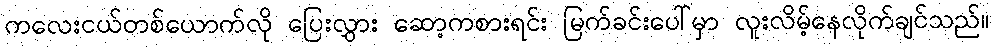
ကလေးငယ်တစ်ယောက်လို ပြေးလွှား ဆော့ကစားရင်း မြက်ခင်းပေါ်မှာ လူးလိမ့်နေလိုက်ချင်သည်။